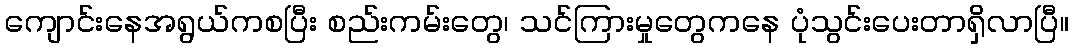
ကျောင်းနေအရွယ်ကစပြီး စည်းကမ်းတွေ၊ သင်ကြားမှုတွေကနေ ပုံသွင်းပေးတာရှိလာပြီ။